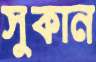
সুকান